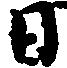
日